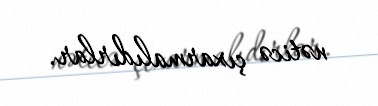
nəticə çıxarmalıdırlar.